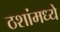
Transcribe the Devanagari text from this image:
ठशांमध्ये